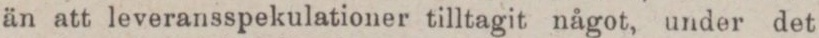
än att leveransspekulationer tilltagit något, under det